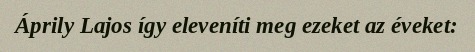
Áprily Lajos így eleveníti meg ezeket az éveket: